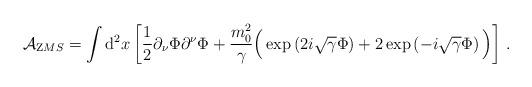
LaTeX: \begin{align*}{\cal A}_{\mathrm ZMS}=\int{\mathrm d}^2x\left[\frac{1}{2}\partial_\nu\Phi\partial^\nu\Phi+\frac{m_0^2}{\gamma}\Big(\exp\left(2i\sqrt{\gamma}\Phi\right)+2\exp\left(-i\sqrt{\gamma}\Phi\right)\Big)\right]\,.\end{align*}